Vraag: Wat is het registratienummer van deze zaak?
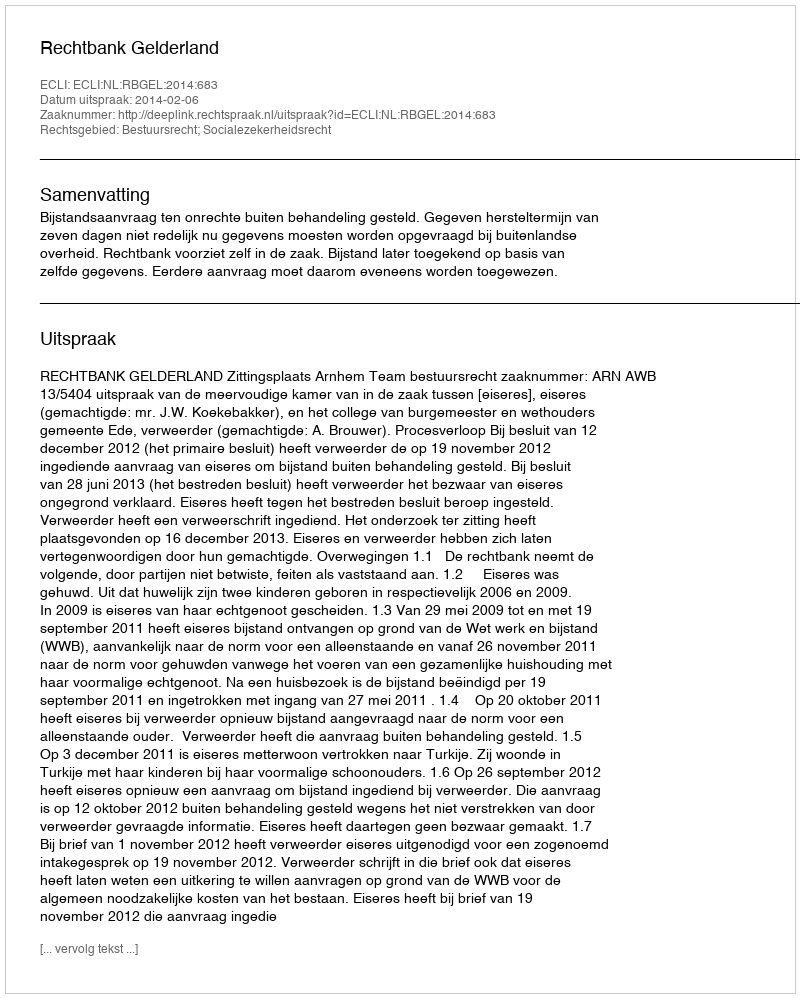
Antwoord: http://deeplink.rechtspraak.nl/uitspraak?id=ECLI:NL:RBGEL:2014:683